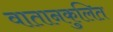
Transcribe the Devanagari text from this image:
वातानकुलित